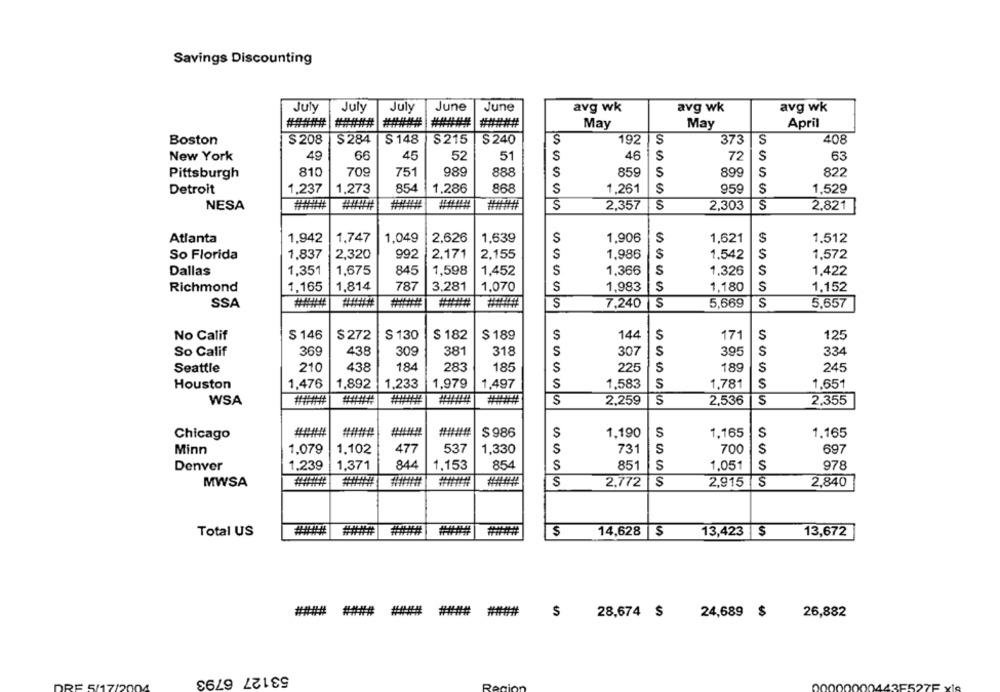
Savings Discounting
July
July
July
June
June
avg wk
avg wk
avg wk
#####
######
#####
#####
#####
May
May
April
$ 208
$ 148
S
S
408
Boston
$ 284
$215
S 240
S
192
373
New York
40
66
45
52
51
S
46
S
72
S
63
810
709
989
888
S
859
S
899
S
822
Pittsburgh
751
S
Detroit
1,237
1,273
854
1.286
868
$
1,261
959
S
1,529
NESA
######
######
S
2,357
S
2,303
S
2.821
Atlanta
1,942
1,747
1,049
2,626
1,639
S
1,906
S
1,621
1.512
So Florida
1.837
2,320
992
2,171
2,155
$
1,986
5
1,542
S
1,572
1,351
1,598
S
S
Dallas
1,675
845
1,452
S
1,366
1,326
1,422
Richmond
1,165
1,814
787
3,281
1,070
S
1,983
S
1,180
S
1.152
SSA
S
7,240
S
5,669
S
5,657
No Calif
$ 146
$ 272
$ 130
$ 182
$ 189
S
144
S
171
S
125
So Calif
369
438
309
381
318
S
307
S
395
S
334
210
438
184
283
185
225
5
S
245
Seattle
$
189
Houston
1,476
1,892
1.233
1,979
1,497
S
1,583
S
1,781
S
1.651
WSA
#######
######
S
2,259
S
2,536
S
2,355
Chicago
#####
######
######
$986
S
1.190
S
1,165
S
1.165
Minn
1.079
1.102
477
537
S
731
S
700
S
697
1,330
Denver
1,239
1,371
844
1,153
854
S
851
S
1,051
S
978
MWSA
######
S
2.772
S
2,915
S
2,840
Total US
####
S
14,628 |$
13,423 $
13,672
#### ####
### ## #
$
28,674 $
24,689 $
26,882
53127 6793
DA
DRE 5/17/20